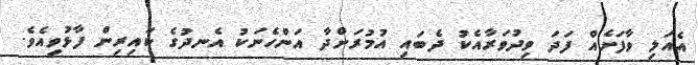
އެއަލި ވާފަށެއް ފަދަ ވިދުވަރާއެކު ދެބައި އުމުރަށްދާ އަންހެނަކު އެނދުގެ ކައިރިން ފާޅުވިއެވެ.